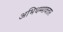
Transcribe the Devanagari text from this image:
अभिधम्मावतार